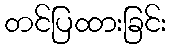
တင်ပြထားခြင်း